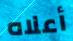
أعلاه